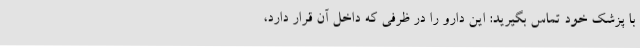
با پزشک خود تماس بگیرید: این دارو را در ظرفی که داخل آن قرار دارد،